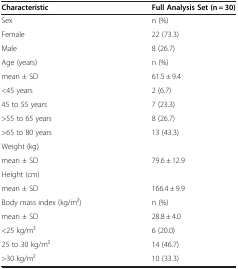
| Characteristic | Full Analysis Set (n = 30) |
 | --- | --- |
 | Sex | n (%) |
 | Female | 22 (73.3) |
 | Male | 8 (26.7) |
 | Age (years) | n (%) |
 | mean ± SD | 61.5 ± 9.4 |
 | <45 years | 2 (6.7) |
 | 45 to 55 years | 7 (23.3) |
 | >55 to 65 years | 8 (26.7) |
 | >65 to 80 years | 13 (43.3) |
 | Weight (kg) |  |
 | mean ± SD | 79.6 ± 12.9 |
 | Height (cm) |  |
 | mean ± SD | 166.4 ± 9.9 |
 | Body mass index (kg/m2) | n (%) |
 | mean ± SD | 28.8 ± 4.0 |
 | <25 kg/m2 | 6 (20.0) |
 | 25 to 30 kg/m2 | 14 (46.7) |
 | >30 kg/m2 | 10 (33.3) |